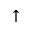
\uparrow